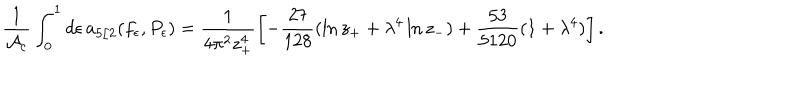
{ \frac { 1 } { { \cal A } _ { c } } } \int _ { 0 } ^ { 1 } d \epsilon \, a _ { 5 / 2 } ( f _ { \epsilon } , P _ { \epsilon } ) = \frac { 1 } { 4 \pi ^ { 2 } z _ { + } ^ { 4 } } \left[ - \frac { 2 7 } { 1 2 8 } ( \ln z _ { + } + \lambda ^ { 4 } \ln z _ { - } ) + \frac { 5 3 } { 5 1 2 0 } ( 1 + \lambda ^ { 4 } ) \right] .